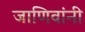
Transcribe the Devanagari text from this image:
जाणिवांनी